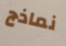
نماذج